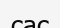
сас